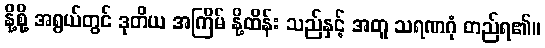
နို့စို့ အရွယ်တွင် ဒုတိယ အကြိမ် နို့ထိန်း သည်နှင့် အတူ သရဏဂုံ တည်ရ၏။